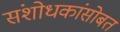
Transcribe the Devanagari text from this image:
संशोधकांसोबत